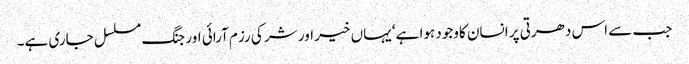
جب سے اس دھرتی پر انسان کاوجود ہوا ہے‘ یہاں خیر اور شر کی رزم آرائی اور جنگ مسلسل جاری ہے۔